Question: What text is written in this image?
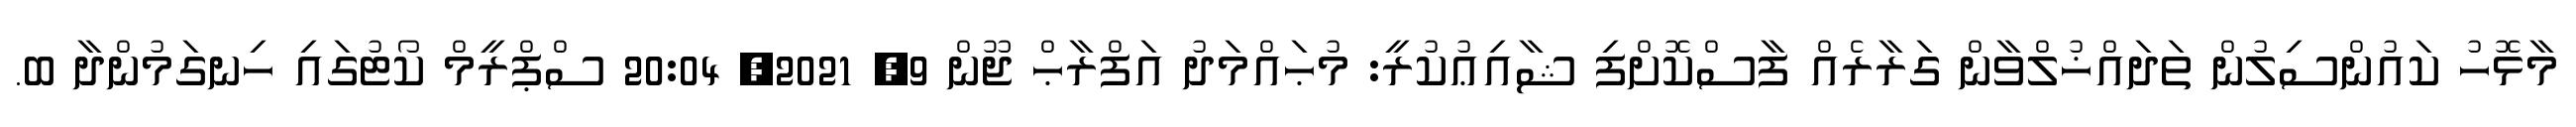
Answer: މާޅޮހު ކައުންސިލުން ތަދައްޚުލްވާން ގަރާރެއް ފާސްކޮށްފި ޝާއިޢުކުރީ: މުޙައްމަދު އަފްރާޙް ޖޫން 9, 2021, 20:04 ސްޕްރީމް ކޯޓުގައި ހިނގަމުންދާ ބ.